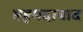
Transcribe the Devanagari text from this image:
महमदाबाद